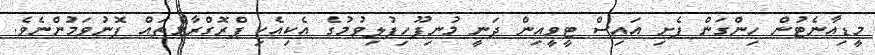
މީޑިއާނެޓުން ހިންގަން ފެށި އައިސް ޓީވީއިން ދަނީ މުނިފޫހިފުލިވުމުގެ އެކިއެކި ޕްރޮގްރާމްތައް ފޮނުވަމުންނެވެ.